Civil Veterinary Department. Madras. Admin. report 1926-33 - 1926-1933
Year: 1926
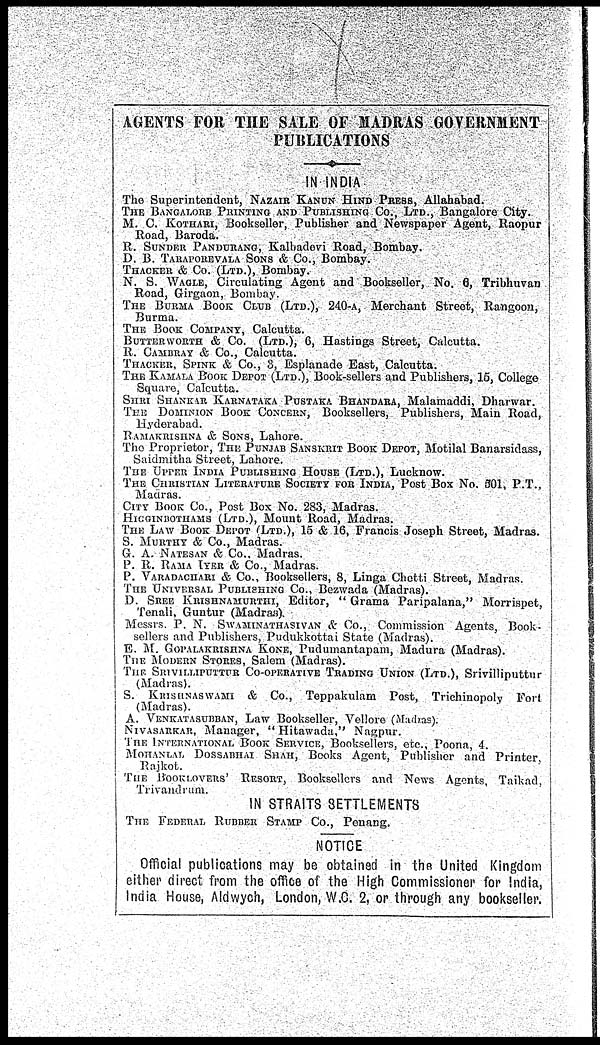
AGENTS FOR THE SALE- OF MADRAS GOVERNMENT
PUBLICATIONS
IN INDIA
The Superintendent, NAZAIR KANUN HIND PRESS, Allahabad.
THE BANGALORE PRINTING AND PUBLISHING CO., LTD., Bangalore City.
M. C. KOTHARI, Bookseller, Publisher and Newspaper Agent, Raopur
Road, Baroda.
R. SUNDER PANDURANG, Kalhadevi Road, Bombay.
D. B. TARAPOREVALA SONS & Co., Bombay.
THACKER & Co. (LTD.), Bombay.
N. S. WAGLE, Circulating Agent and Bookseller, No. 6, Tribhuvan
Road, Girgaon, Bombay.
THE BURMA BOOK CLUB (LTD.), 240-A, Merchant Street, Rangoon,
Burma.
THE BOOK COMPANY, Calcutta.
BUTTER WORTH & Co. (LTD.), 6, Hastings Street, Calcutta.
R. CAMBRAY & Co., Calcutta.
THACKER, SPINK & Co., 3, Esplanade East, Calcutta.
THE KAMALA BOOK DEPOT (LTD.), Book-sellers and Publishers, 15, College
Square, Calcutta.
SHRI SHANKAR KARNATAKA PUSTAKA BHANDARA, Malamaddi, Dharwar.
THE DOMINION BOOK CONCERN, Booksellers, Publishers, Main Road,
Hyderabad.
RAMAKRISHNA & SONS, Lahore.
The Proprietor, THE PUNJAB SANSKRIT BOOK DEPOT, Motilal Banarsidass,
Saidmitha Street, Lahore.
THE UPPER INDIA PUBLISHING HOUSE (LTD.), Lucknow.
THE CHRISTIAN LITERATURE SOCIETY FOR INDIA, Post Box No. 301, P.T.,
Madras.
CITY BOOK Co., Post Box No. 283, Madras.
HIGGINBOTHAMS
(LTD.), Mount Road, Madras.
THE LAW BOOK DEPOT (LTD.), 15 & 16, Francis Joseph Street, Madras,
S. MURTHY & Co., Madras.
G. A. NATESAN & Co., Madras.
P. R. RAMA IYER & Co., Madras.
P. VARADACHARI & Co., Booksellers, 8, Linga Chetti Street, Madras.
THE UNIVERSAL PUBLISHING Co., Bezwada (Madras).
D. SREE KRISHNAMURTHI, Editor, " Grama Paripalana," Morrispet,
Tenali, Guntur (Madras).
Messrs. P. N. SWAMINATHASIVAN & Co., Commission Agents, Book-
sellers and Publishers, Pudukkottai State (Madras).
E. M. GOPALAKRISHNA KONE, Pudumantapam, Madura (Madras).
THE MODERN STORES, Salem (Madras).
THE SRIVILLIPUTTUR CO-OPERATIVE TRADING UNION (LTD.), Srivilliputtur
(Madras).
S. KRISHNASWAMI & Co., Teppakulam
Post, Trichinopoly
Fort
(Madras).
A. VENKATASURBAN, Law Bookseller, Vellore (Madras).
NIVASAEKAR, Manager, " Hitawada," Nagpur.
THE INTERNATIONAL BOOK SERVICE, Booksellers, etc., Poona, 4.
MOHANLAL DOSSABHAI SHAH, Books Agent, Publisher and Printer
Rajkot.
THE BOOKLOVERS' RESORT, Booksellers and News Agents,
Taikad,
Trivandrum,
IN STRAITS SETTLEMENTS
THE FEDERAL RUBBER STAMP Co., Penang,
NOTICE
Official publications may be obtained in the United Kingdom
either direct from the office of the High Commissioner for India,
India House, Aldwych, London, W.C. 2, or through any bookseller,